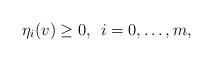
\begin{align*} \eta_i(v) \ge 0, \:\: i=0,\hdots,m,\end{align*}